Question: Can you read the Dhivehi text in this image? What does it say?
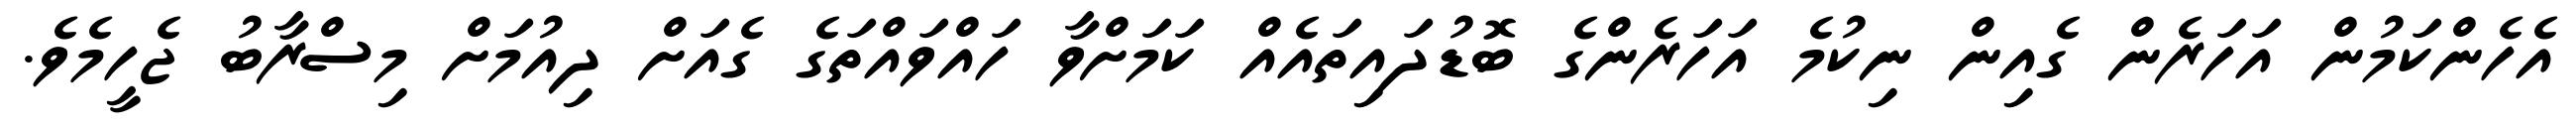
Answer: އެހެންކަމުން އަހަރެން ގެއިން ނިކުމެ އަހަރެންގެ ބޮޑުދައިތައެއް ކަމަށްވާ ހައްވައްތަގެ ގެއަށް ދިއުމަށް މިސްރާބު ޖެހީމެވެ.